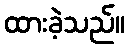
ထားခဲ့သည်။